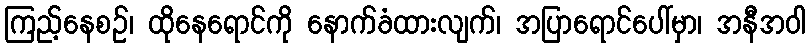
ကြည့်နေစဉ်၊ ထိုနေရောင်ကို နောက်ခံထားလျက်၊ အပြာရောင်ပေါ်မှာ၊ အနီအဝါ